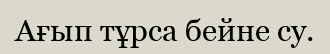
Ағып тұрса бейне су.